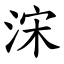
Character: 浨